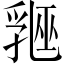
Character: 𬋲